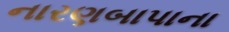
નારણબાપાના